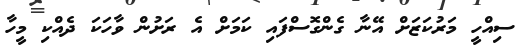
ސިއްހީ މަރުކަޒަށް އޭނާ ގެންގޮސްފައި ކަމަށް އެ ރަށުން ވާހަކަ ދެއްކި މީހާ